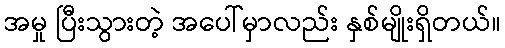
အမှု ပြီးသွားတဲ့ အပေါ်မှာလည်း နှစ်မျိုးရှိတယ်။